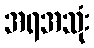
အရအသုံး